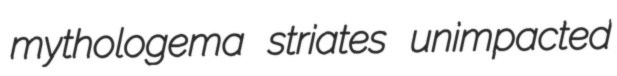
mythologema striates unimpacted